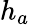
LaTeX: h_{a}